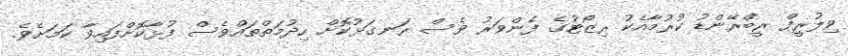
ވިލުރީފް ރީބްރޭންޑު ކުރުމާއެކު ރިޒޯޓުގެ ފެންވަރު ވެސް ރަނގަޅުކޮށް ހިދުމަތްތައްވެސް ފުޅާކޮށްފައިވާ ކަމަށެވެ.